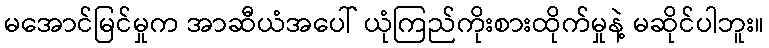
မအောင်မြင်မှုက အာဆီယံအပေါ် ယုံကြည်ကိုးစားထိုက်မှုနဲ့ မဆိုင်ပါဘူး။